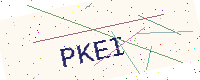
Text: PKEI